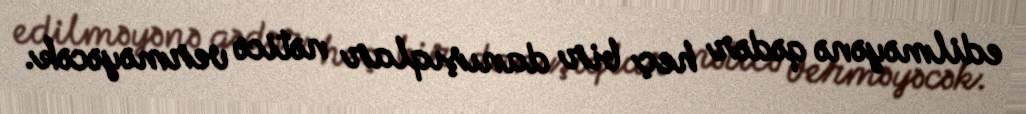
edilməyənə qədər heç bir danışıqlar nəticə verməyəcək.